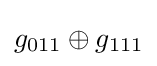
g_{011}\oplus g_{111}